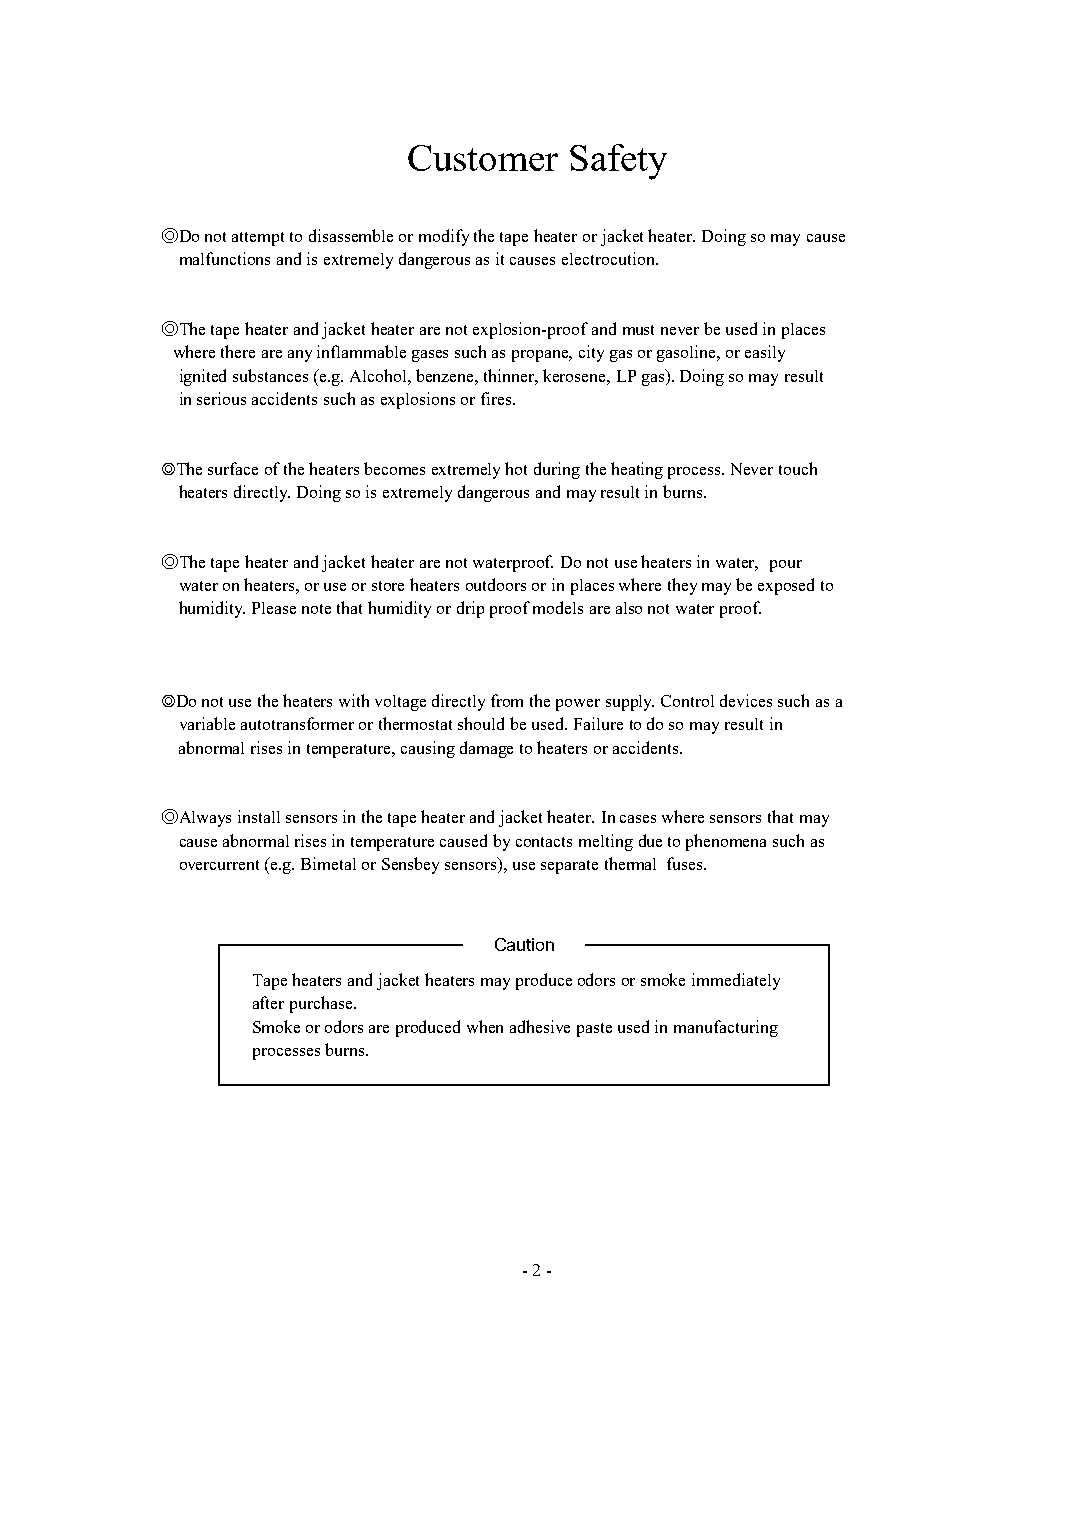
Customer   Safety
 ◎Do not attempt to disassemble or modify the tape heater or jacket heater. Doing so may cause
 malfunctions and is extremely dangerous as it causes electrocution.
 ◎The tape heater and jacket heater are not explosion-proof and must never be used in places
 where there are any inflammable gases such as propane, city gas or gasoline, or easily
 ignited substances (e.g. Alcohol, benzene, thinner, kerosene, LP gas). Doing so may result
 in serious accidents such as explosions or fires.
 ◎The surface of the heaters becomes extremely hot during the heating process. Never touch
 heaters directly. Doing so is extremely dangerous and may result in burns.
 ◎The tape heater and jacket heater are not waterproof. Do not use heaters in water, pour
 water on heaters, or use or store heaters outdoors or in places where they may be exposed to
 humidity. Please note that humidity or drip proof models are also not water proof.
 ◎Do not use the heaters with voltage directly from the power supply. Control devices such as a
 variable autotransformer or thermostat should be used. Failure to do so may result in
 abnormal rises in temperature, causing damage to heaters or accidents.
 ◎Always install sensors in the tape heater and jacket heater. In cases where sensors that may
 cause abnormal rises in temperature caused by contacts melting due to phenomena such as
 overcurrent (e.g. Bimetal or Sensbey sensors), use separate thermal fuses.
 Caution
 Tape heaters and jacket heaters may produce odors or smoke immediately
 after purchase.
 Smoke or odors are produced when adhesive paste used in manufacturing
 processes burns.
 - 2 -